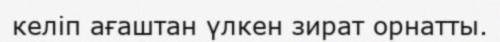
келіп ағаштан үлкен зират орнатты.